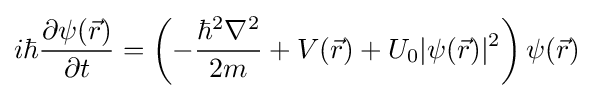
i\hbar {\frac {\partial \psi ({\vec {r}})}{\partial t}}=\left(-{\frac {\hbar ^{2}\nabla ^{2}}{2m}}+V({\vec {r}})+U_{0}|\psi ({\vec {r}})|^{2}\right)\psi ({\vec {r}})